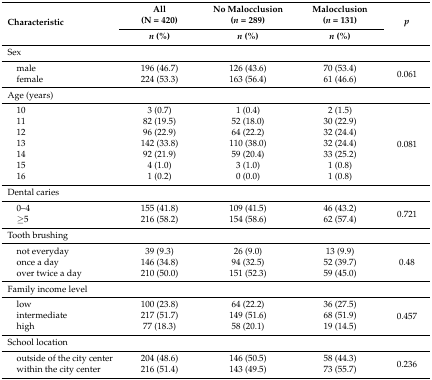
<table><thead><tr><td rowspan="2"><b>Characteristic</b></td><td><b>All (N = 420)</b></td><td><b>No Malocclusion (<i>n</i> = 289)</b></td><td><b>Malocclusion (<i>n</i> = 131)</b></td><td rowspan="2"><b><i>p</i></b></td></tr><tr><td><b><i>n</i> (%)</b></td><td><b><i>n</i> (%)</b></td><td><b><i>n</i> (%)</b></td></tr></thead><tbody><tr><td>Sex</td><td></td><td></td><td></td><td></td></tr><tr><td> male</td><td>196 (46.7)</td><td>126 (43.6)</td><td>70 (53.4)</td><td rowspan="2">0.061</td></tr><tr><td> female</td><td>224 (53.3)</td><td>163 (56.4)</td><td>61 (46.6)</td></tr><tr><td>Age (years)</td><td></td><td></td><td></td><td></td></tr><tr><td> 10</td><td>3 (0.7)</td><td>1 (0.4)</td><td>2 (1.5)</td><td rowspan="7">0.081</td></tr><tr><td> 11</td><td>82 (19.5)</td><td>52 (18.0)</td><td>30 (22.9)</td></tr><tr><td> 12</td><td>96 (22.9)</td><td>64 (22.2)</td><td>32 (24.4)</td></tr><tr><td> 13</td><td>142 (33.8)</td><td>110 (38.0)</td><td>32 (24.4)</td></tr><tr><td> 14</td><td>92 (21.9)</td><td>59 (20.4)</td><td>33 (25.2)</td></tr><tr><td> 15</td><td>4 (1.0)</td><td>3 (1.0)</td><td>1 (0.8)</td></tr><tr><td> 16</td><td>1 (0.2)</td><td>0 (0.0)</td><td>1 (0.8)</td></tr><tr><td>Dental caries</td><td></td><td></td><td></td><td></td></tr><tr><td> 0–4</td><td>155 (41.8)</td><td>109 (41.5)</td><td>46 (43.2)</td><td rowspan="2">0.721</td></tr><tr><td> ≥5</td><td>216 (58.2)</td><td>154 (58.6)</td><td>62 (57.4)</td></tr><tr><td>Tooth brushing</td><td></td><td></td><td></td><td></td></tr><tr><td> not everyday</td><td>39 (9.3)</td><td>26 (9.0)</td><td>13 (9.9)</td><td rowspan="3">0.48</td></tr><tr><td> once a day</td><td>146 (34.8)</td><td>94 (32.5)</td><td>52 (39.7)</td></tr><tr><td> over twice a day</td><td>210 (50.0)</td><td>151 (52.3)</td><td>59 (45.0)</td></tr><tr><td>Family income level</td><td></td><td></td><td></td><td></td></tr><tr><td> low</td><td>100 (23.8)</td><td>64 (22.2)</td><td>36 (27.5)</td><td rowspan="3">0.457</td></tr><tr><td> intermediate</td><td>217 (51.7)</td><td>149 (51.6)</td><td>68 (51.9)</td></tr><tr><td> high</td><td>77 (18.3)</td><td>58 (20.1)</td><td>19 (14.5)</td></tr><tr><td>School location</td><td></td><td></td><td></td><td></td></tr><tr><td> outside of the city center</td><td>204 (48.6)</td><td>146 (50.5)</td><td>58 (44.3)</td><td rowspan="2">0.236</td></tr><tr><td> within the city center</td><td>216 (51.4)</td><td>143 (49.5)</td><td>73 (55.7)</td></tr></tbody></table>